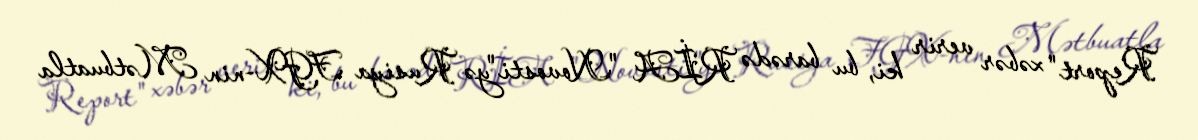
Report" xəbər verir ki, bu barədə RİA "Novosti"yə Rusiya FGX-nin Mətbuatla